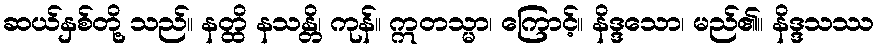
ဆယ်နှစ်တို့ သည်။ နတ္ထိ နသန္တိ၊ ကုန်။ ဣတသ္မာ၊ ကြောင့်။ နိဒ္ဒသော၊ မည်၏။ နိဒ္ဒသဿ